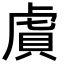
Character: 𬟫